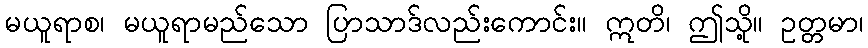
မယူရာစ၊ မယူရာမည်သော ပြာသာဒ်လည်းကောင်း။ ဣတိ၊ ဤသို့။ ဥတ္တမာ၊